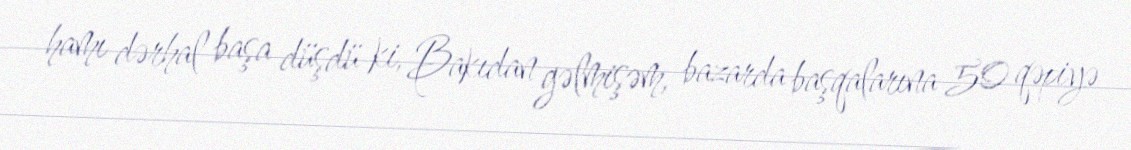
hamı dərhal başa düşdü ki, Bakıdan gəlmişəm, bazarda başqalarına 50 qəpiyə